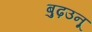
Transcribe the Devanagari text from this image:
बुढ़उनू